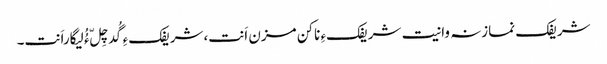
شریفک نمازنہ وانیت شریفکءِ ناکن مزن اَنت،شریفکءِ گُدچِلّ ءُُ لیگاراَنت۔